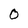
Character: 0